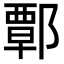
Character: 𨝸